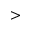
>